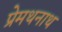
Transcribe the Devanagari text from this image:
प्रेमथनाथ